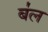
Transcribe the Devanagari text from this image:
ब॑ल